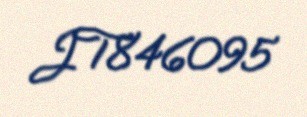
JT846095